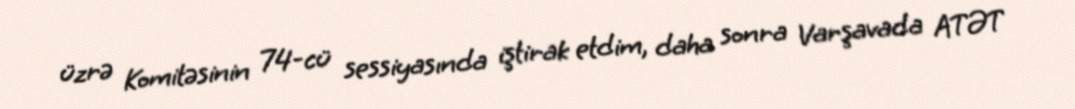
üzrə Komitəsinin 74-cü sessiyasında iştirak etdim, daha sonra Varşavada ATƏT